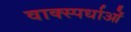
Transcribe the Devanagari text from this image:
वाक्स्पर्धाओं